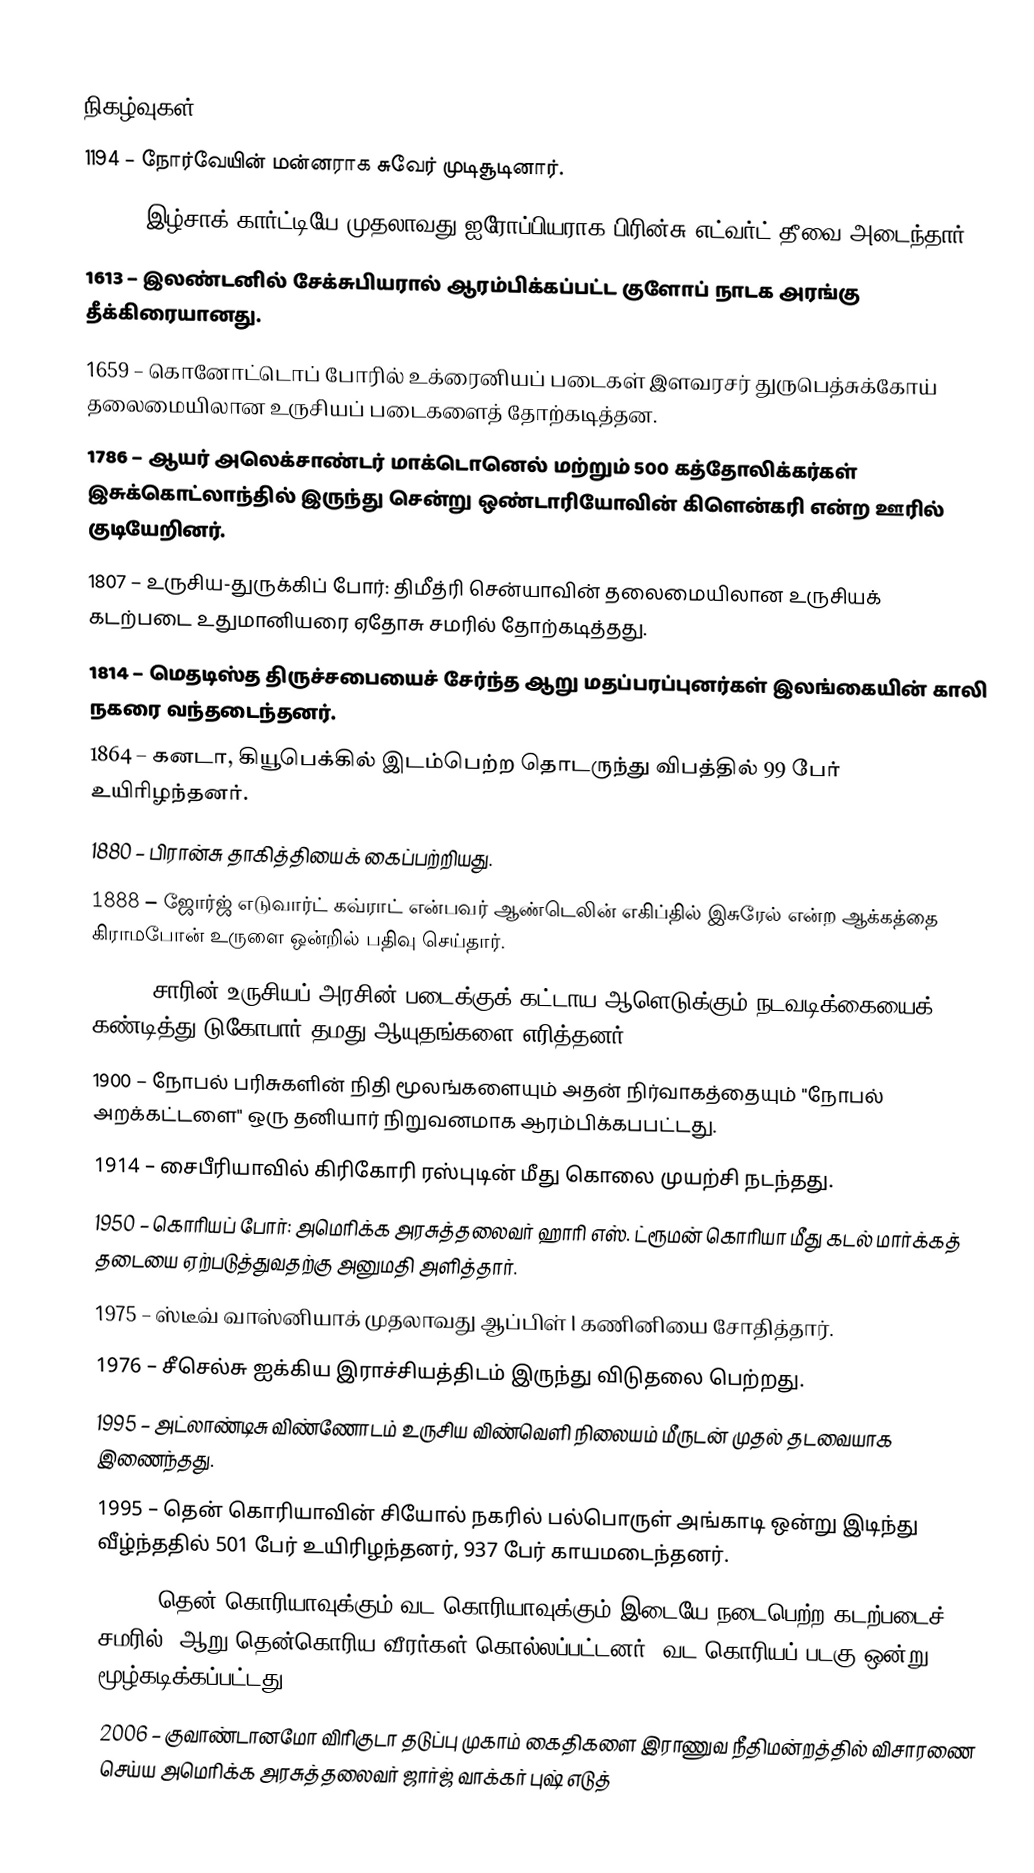

நிகழ்வுகள்
1194 – நோர்வேயின் மன்னராக சுவேர் முடிசூடினார்.
1534 – இழ்சாக் கார்ட்டியே முதலாவது ஐரோப்பியராக பிரின்சு எட்வர்ட் தீவை அடைந்தார்.
1613 – இலண்டனில் சேக்சுபியரால் ஆரம்பிக்கப்பட்ட குளோப் நாடக அரங்கு தீக்கிரையானது.
1659 – கொனோட்டொப் போரில் உக்ரைனியப் படைகள் இளவரசர் துருபெத்சுக்கோய் தலைமையிலான உருசியப் படைகளைத் தோற்கடித்தன.
1786 – ஆயர் அலெக்சாண்டர் மாக்டொனெல் மற்றும் 500 கத்தோலிக்கர்கள் இசுக்கொட்லாந்தில் இருந்து சென்று ஒண்டாரியோவின் கிளென்கரி என்ற ஊரில் குடியேறினர்.
1807 – உருசிய-துருக்கிப் போர்: திமீத்ரி சென்யாவின் தலைமையிலான உருசியக் கடற்படை உதுமானியரை ஏதோசு சமரில் தோற்கடித்தது.
1814 – மெதடிஸ்த திருச்சபையைச் சேர்ந்த ஆறு மதப்பரப்புனர்கள் இலங்கையின் காலி நகரை வந்தடைந்தனர்.
1864 – கனடா, கியூபெக்கில் இடம்பெற்ற தொடருந்து விபத்தில் 99 பேர் உயிரிழந்தனர்.
1880 – பிரான்சு தாகித்தியைக் கைப்பற்றியது.
1888 – ஜோர்ஜ் எடுவார்ட் கவ்ராட் என்பவர் ஆண்டெலின் எகிப்தில் இசுரேல் என்ற ஆக்கத்தை கிராமபோன் உருளை ஒன்றில் பதிவு செய்தார்.
1895 – சாரின் உருசியப் அரசின் படைக்குக் கட்டாய ஆளெடுக்கும் நடவடிக்கையைக் கண்டித்து டுகோபார் தமது ஆயுதங்களை எரித்தனர்.
1900 – நோபல் பரிசுகளின் நிதி மூலங்களையும் அதன் நிர்வாகத்தையும் "நோபல் அறக்கட்டளை" ஒரு தனியார் நிறுவனமாக ஆரம்பிக்கபபட்டது.
1914 – சைபீரியாவில் கிரிகோரி ரஸ்புடின் மீது கொலை முயற்சி நடந்தது.
1950 – கொரியப் போர்: அமெரிக்க அரசுத்தலைவர் ஹாரி எஸ். ட்ரூமன் கொரியா மீது கடல் மார்க்கத் தடையை ஏற்படுத்துவதற்கு அனுமதி அளித்தார்.
1975 – ஸ்டீவ் வாஸ்னியாக் முதலாவது ஆப்பிள் I கணினியை சோதித்தார்.
1976 – சீசெல்சு ஐக்கிய இராச்சியத்திடம் இருந்து விடுதலை பெற்றது.
1995 – அட்லாண்டிசு விண்ணோடம் உருசிய விண்வெளி நிலையம் மீருடன் முதல் தடவையாக இணைந்தது.
1995 – தென் கொரியாவின் சியோல் நகரில் பல்பொருள் அங்காடி ஒன்று இடிந்து வீழ்ந்ததில் 501 பேர் உயிரிழந்தனர், 937 பேர் காயமடைந்தனர்.
2002 – தென் கொரியாவுக்கும் வட கொரியாவுக்கும் இடையே நடைபெற்ற கடற்படைச் சமரில், ஆறு தென்கொரிய வீரர்கள் கொல்லப்பட்டனர், வட கொரியப் படகு ஒன்று மூழ்கடிக்கப்பட்டது.
2006 – குவாண்டானமோ விரிகுடா தடுப்பு முகாம் கைதிகளை இராணுவ நீதிமன்றத்தில் விசாரணை செய்ய அமெரிக்க அரசுத்தலைவர் ஜார்ஜ் வாக்கர் புஷ் எடுத்